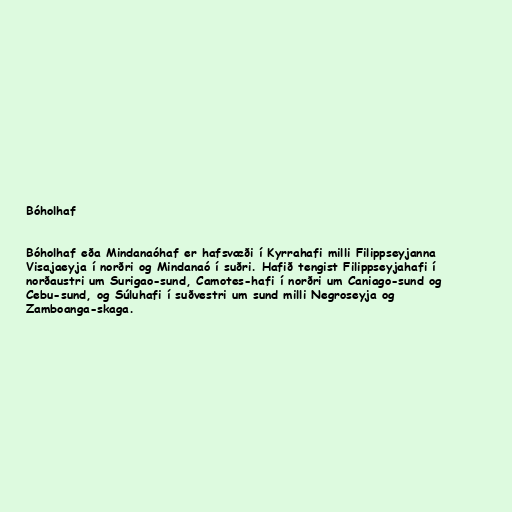
Bóholhaf

Bóholhaf eða Mindanaóhaf er hafsvæði í Kyrrahafi milli Filippseyjanna
Visajaeyja í norðri og Mindanaó í suðri. Hafið tengist Filippseyjahafi í
norðaustri um Surigao-sund, Camotes-hafi í norðri um Caniago-sund og
Cebu-sund, og Súluhafi í suðvestri um sund milli Negroseyja og
Zamboanga-skaga.